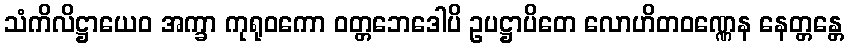
သံကိလိဋ္ဌာယေဝ အက္ခာ ကုရုဝကော ဝတ္တဘေဒေါပိ ဥပဋ္ဌာပိတေ လောဟိတဝဏ္ဏေန နေတ္တန္တေ